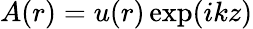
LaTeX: A(r)=u(r)\exp(ikz)